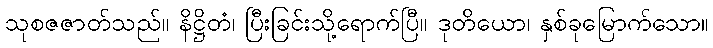
သုစဇဇာတ်သည်။ နိဋ္ဌိတံ၊ ပြီးခြင်းသို့ရောက်ပြီ။ ဒုတိယော၊ နှစ်ခုမြောက်သော။